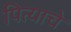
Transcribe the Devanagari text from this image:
पित्‍याचे